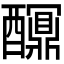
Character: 𨣯